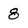
Character: 8